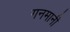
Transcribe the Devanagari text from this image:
गनमानी